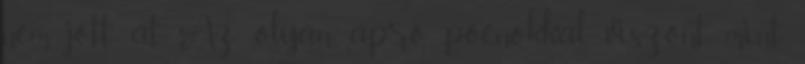
nem jött át. Az olyan apró poénokkal viszont, mint